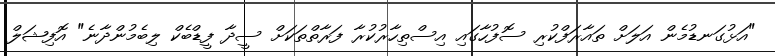
"އަޅުގަނޑުމެން އަލަށް ތައާރަފްކުރި ސޮފުހާގައި އިސްތިހާރުކުރާ ފަރާތްތަކަށް ސީދާ ފީޑްބެކް ލިބެމުންދާނެ" އޮފިޝަލް